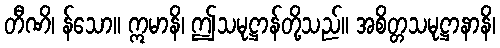
တီဏိ၊ န်သော။ ဣမာနိ၊ ဤသမုဋ္ဌာန်တို့သည်။ အစိတ္တသမုဋ္ဌာနာနိ၊